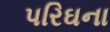
પરિઘના